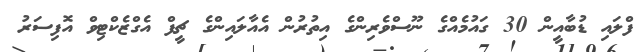
ފްލައި ޑުބާއީން 30 ގައުމެއްގެ ނޫސްވެރިންގެ އިތުރުން އެއާލައިންގެ ޗީފް އެގްޒެކްޓިވް އޮފިސަރު